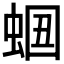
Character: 𧋡